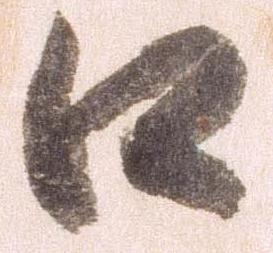
口